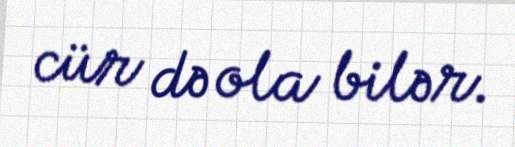
cür də ola bilər.